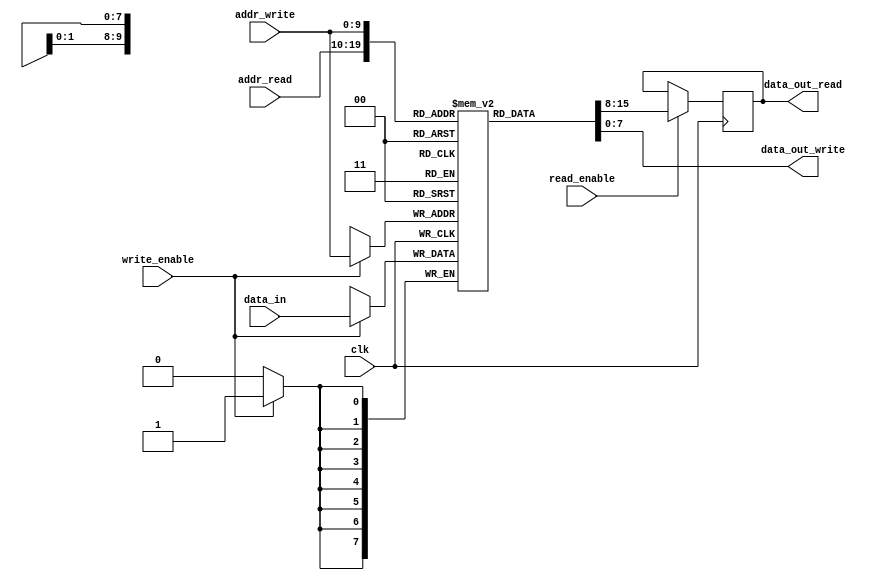
module dual_port_ram (
    input wire [ADDR_WIDTH-1:0] addr_read,
    input wire [ADDR_WIDTH-1:0] addr_write,
    input wire [DATA_WIDTH-1:0] data_in,
    input wire write_enable,
    input wire read_enable,
    input wire clk,
    output reg [DATA_WIDTH-1:0] data_out_read,
    output reg [DATA_WIDTH-1:0] data_out_write
);

parameter ADDR_WIDTH = 10;
parameter DATA_WIDTH = 8;
reg [DATA_WIDTH-1:0] mem[0:(2**ADDR_WIDTH)-1];

always @ (posedge clk) begin
    if (write_enable) begin
        mem[addr_write] <= data_in;
    end
    
    if (read_enable) begin
        data_out_read <= mem[addr_read];
    end
end

assign data_out_write = mem[addr_write];

endmodule